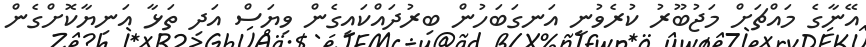
އޭނާގެ މައްޗަށް މަޖުބޫރު ކުރެވުނީ އަނގަބަހުން ބިރުދައްކައިގެން ވިޔަސް އަދި ތަޅާ އަނިޔާކޮށްގެން